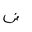
Letter: _dad